Lunatic asylums Central Provinces reports 1886-1894 - 1886-1894
Year: 1886
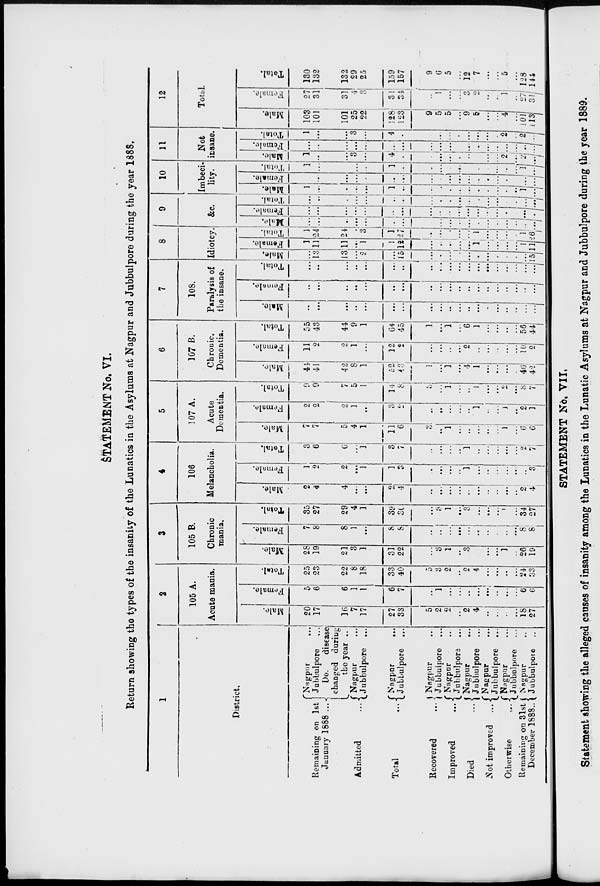
STATEMENT No. VI.
Return showing the types of the insanity of the Lunatics in the Asylums at Nagpur and Jubbulpore during the year 1888,
1
District.
Remaining on 1st
January 1888 ...
Admitted
...
Total
...
Recovered
...
Improved
...
Died
...
Not improved
...
Otherwise
...
Remaining on 31st
December 1888 ...
Nappur
...
Jubbulpore ...
Do.
disease
changed during
the year ...
Nagpur ...
Jubbulpore ...
Nagpar ...
Jubbulpore ...
Nagpur ...
Jubbulpore ...
Nagpur ...
Jubbulpore ...
Nagpur ...
Jubbulpore ...
Nagpur ...
Jubbulpore ...
Nagpur ...
Jubbulpore ...
Nagpur ...
Jubbulpore ...
2
105 A.
Acute mania.
Male.
20
17
16
7
17
27
33
5
2
2
...
2
4
...
...
...
...
18
27
Female.
5
6
6
1
1
6
7
...
1
...
...
...
...
...
...
...
...
6
6
Total.
25
23
22
8
18
33
40
5
3
2
...
2
4
...
...
...
...
24
33
3
105 B.
Chronic
mania.
Male.
28
19
21
3
1
31
22
...
3
1
...
3
...
...
...
1
...
26
19
Female.
7
8
8
1
...
8
8
...
...
...
...
...
...
..
...
...
...
8
8
Total.
35
27
29
4
1
39
30
...
3
1
...
3
...
...
...
1
...
34
27
4
106
Melancholia.
Male.
2
4
4
...
...
2
4
...
...
...
...
...
...
...
...
...
...
2
4
Female.
1
2
2
...
1
1
3
...
...
...
..
1
...
...
...
...
...
...
3
Total.
3
6
6
...
1
3
7
...
...
...
...
1
...
...
...
...
...
2
7
5
107 A.
Acute
Dementia.
Male.
7
7
5
4
1
11
6
3
...
1
...
...
...
...
...
1
...
6
6
Female.
2
2
2
1
...
3
2
...
...
...
...
...
1
...
...
1
...
2
1
Total.
9
9
7
5
1
14
8
3
...
1
...
...
1
...
...
2
...
8
7
6
107 B.
Chronic.
Dementia.
Male.
44
41
42
8
1
52
43
1
...
1
...
4
1
...
...
...
...
46
42
Female.
11
2
2
1
...
12
2
...
...
...
...
2
..
...
...
...
...
10
2
Total.
55
43
44
9
1
64
45
1
...
1
...
6
1
...
...
...
...
56
44
7
108.
Paralysis of
the insane.
Male.
...
...
...
...
...
...
...
...
...
...
...
...
...
...
...
...
...
...
...
Female.
...
...
...
...
...
...
...
...
...
...
...
...
...
...
...
...
...
...
...
Total.
...
...
...
...
...
...
...
...
...
...
...
...
...
...
...
...
...
...
...
8
Idiotcy.
Male.
...
13
13
...
2
...
15
...
...
...
...
...
...
...
...
...
...
...
15
Female.
1
11
11
...
1
1
12
...
...
...
...
...
1
...
...
...
....
1
11
Total.
1
24
24
...
3
1
27
...
...
...
...
...
1
...
...
...
...
1
26
9
&c.
Male.
...
...
...
...
...
...
...
...
...
...
...
...
...
...
...
...
...
...
...
Female.
...
...
...
...
...
...
...
...
..
...
...
...
...
...
...
...
...
...
...
Total.
...
...
...
...
...
...
...
...
...
...
...
...
...
...
...
...
...
...
...
10
Imbeci-
lity.
Male.
1
...
...
...
...
1
...
...
...
...
...
...
...
...
...
...
...
1
...
Female.
...
...
...
...
...
...
...
...
...
...
...
...
...
...
...
...
...
...
...
Total.
1
...
...
...
...
1
...
...
...
...
...
...
...
...
...
...
....
1
...
11
Not
insane.
Male.
1
...
...
3
...
4
...
...
...
...
...
...
...
...
...
2
...
2
...
Female.
...
...
...
...
...
...
...
...
...
...
...
...
...
...
...
...
...
...
...
Total.
1
...
...
3
...
4
...
...
...
...
...
...
...
...
...
2
...
2
...
12
Total.
Male.
103
101
101
25
22
128
123
9
5
5
...
9
5
...
. ..
4
...
101
113
Female.
27
31
31
4
3
31
34
...
1
...
...
3
2
...
...
1
...
27
31
Total.
130
132
132
29
25
159
157
9
6
5
...
12
7
...
...
5
...
128
144